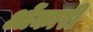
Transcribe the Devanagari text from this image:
ओंकारी